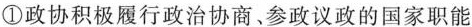
①政协积极履行政治协商。参政议政的国家职能